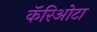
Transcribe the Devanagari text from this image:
कॅरिओटा